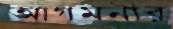
আগমনীর